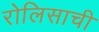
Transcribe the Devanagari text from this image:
रोलिसाची